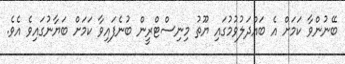
ބޭނުންވާ ކަމަށް އެ ބައްދަލުވުމުގައި ޔޫތު މިނިސްޓްރީން ބުނެފައިވާ ކަމަށް ބަޔާނުގައިވެ އެވެ.